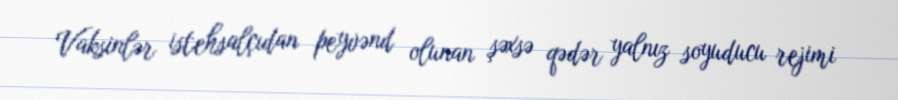
Vaksinlər istehsalçıdan peyvənd olunan şəxsə qədər yalnız soyuducu rejimi